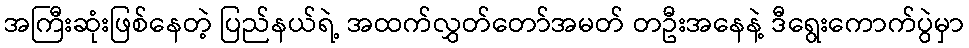
အကြီးဆုံးဖြစ်နေတဲ့ ပြည်နယ်ရဲ့ အထက်လွှတ်တော်အမတ် တဦးအနေနဲ့ ဒီရွေးကောက်ပွဲမှာ